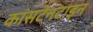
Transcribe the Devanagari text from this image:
कांसटेनटाइन